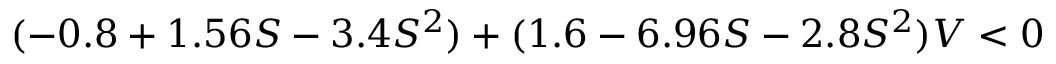
( - 0 . 8 + 1 . 5 6 S - 3 . 4 S ^ { 2 } ) + ( 1 . 6 - 6 . 9 6 S - 2 . 8 S ^ { 2 } ) V < 0